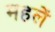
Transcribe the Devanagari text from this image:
महलें